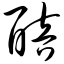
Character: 醅